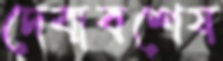
দেবাবশেষ